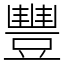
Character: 豐